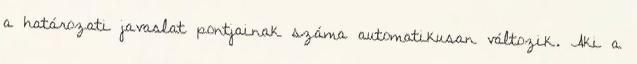
a határozati javaslat pontjainak száma automatikusan változik. Aki a